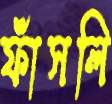
ফাঁসলি